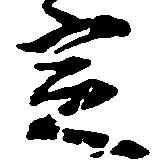
定